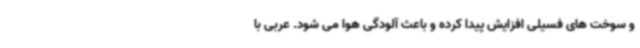
و سوخت های فسیلی افزایش پیدا کرده و باعث آلودگی هوا می شود. عربی با